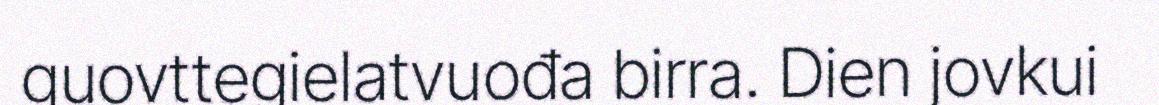
guovttegielatvuođa birra. Dien jovkui